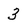
Character: 3